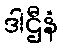
ဒါဌီနံ